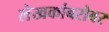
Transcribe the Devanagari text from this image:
लेखकांबरोबर